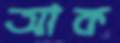
আক